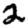
Digit: 2